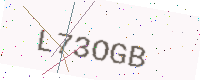
Text: L73OGB